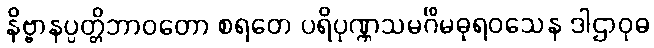
နိဗ္ဗာနပ္ပတ္တိဘာဝတော စရတေ ပရိပုဏ္ဏသမင်္ဂိမဓုရဝသေန ဒါဌာဝုဓ